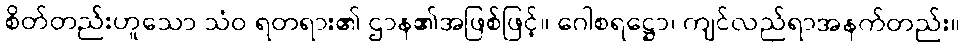
စိတ်တည်းဟူသော သံဝ ရတရား၏ ဌာန၏အဖြစ်ဖြင့်။ ဂေါစရဋ္ဌော၊ ကျင်လည်ရာအနက်တည်း။